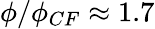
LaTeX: \phi/\phi_{CF}\approx 1.7